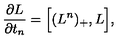
{ \frac { \partial { L } } { \partial t _ { n } } } = \Big [ ( { L } ^ { n } ) _ { + } , { L } \Big ] ,